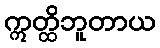
ဣတ္ထိဘူတာယ